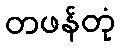
တဖန်တုံ